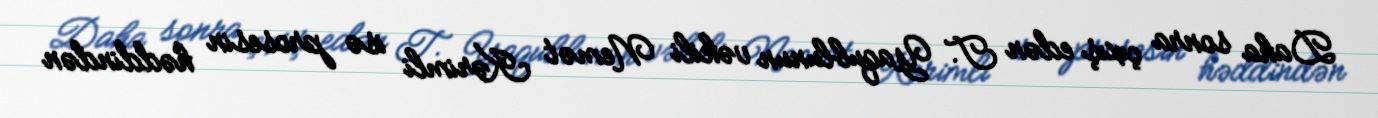
Daha sonra çıxış edən T. Yaqublunun vəkili Nemət Kərimli isə prosesin həddindən